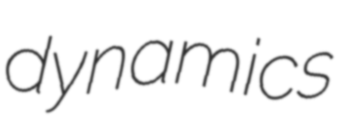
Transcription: dynamics